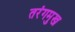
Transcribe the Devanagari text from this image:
तरंगमुख